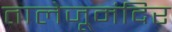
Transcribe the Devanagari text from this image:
तालेजूमंदिर